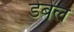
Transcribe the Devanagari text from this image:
डेबेल